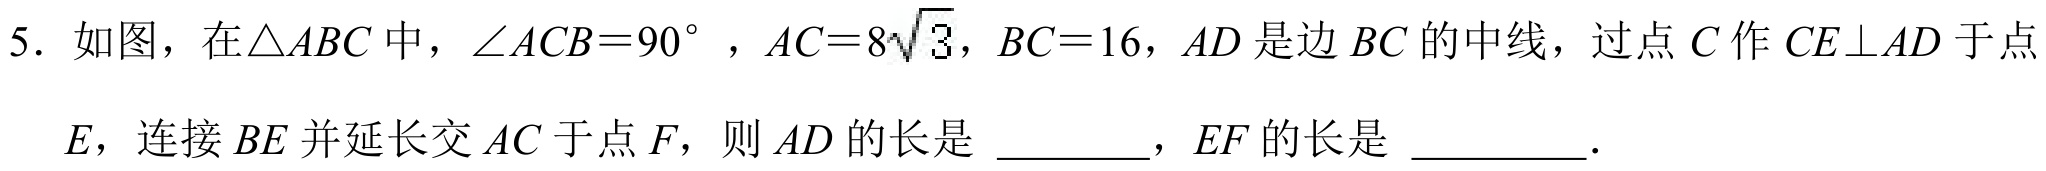
5. 如图，在\(\triangle ABC\)中，\(\angle ACB = 90^{\circ}\)，\(AC = 8\sqrt{3}\)，\(BC = 16\)，\(AD\)是边\(BC\)的中线，过点\(C\)作\(CE\perp AD\)于点\(E\)，连接\(BE\)并延长交\(AC\)于点\(F\)，则\(AD\)的长是 \underline{\qquad}，\(EF\)的长是 \underline{\qquad}．